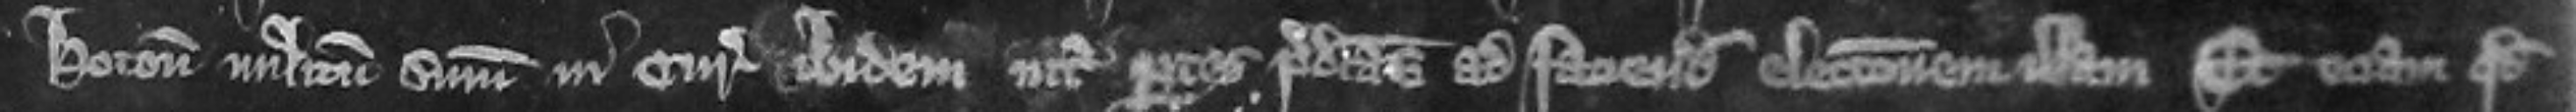
Hoton militum suorum in curia ibidem inter partes predictas ad faciendam electionem illam Et etiam quod